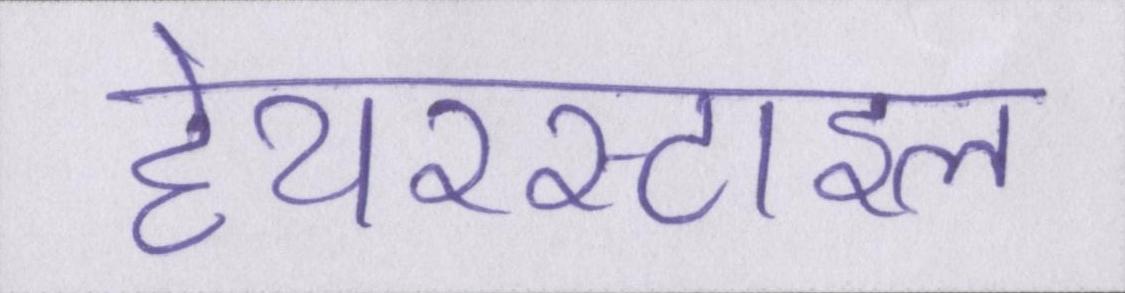
हेयरस्टाइल